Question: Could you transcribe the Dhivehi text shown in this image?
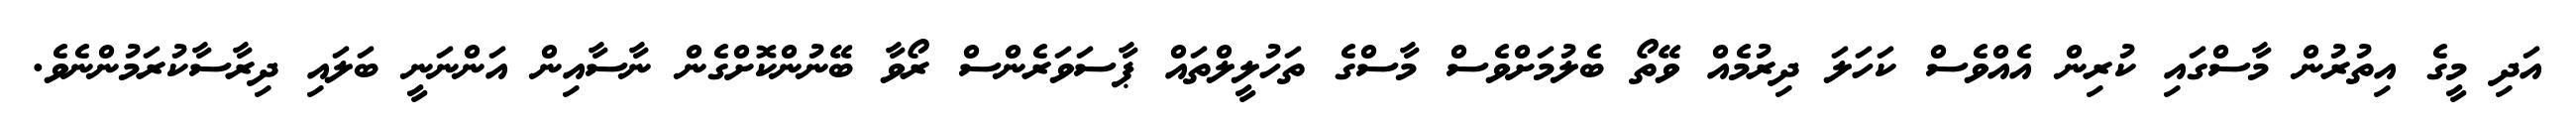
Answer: އަދި މީގެ އިތުރުން މާސްގައި ކުރިން އެއްވެސް ކަހަލަ ދިރުމެއް ވޭތޯ ބެލުމަށްވެސް މާސްގެ ތަހުލީލްތައް ޕާސަވަރެންސް ރޯވާ ބޭނުންކޮށްގެން ނާސާއިން އަންނަނީ ބަލައި ދިރާސާކުރަމުންނެވެ.